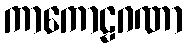
ကာကောဠဂဏာ